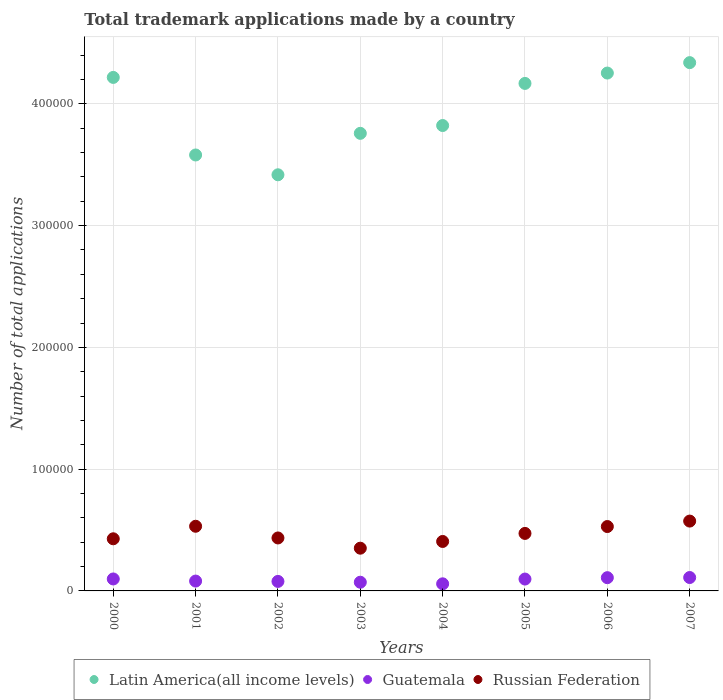
| Years | Latin America(all income levels) | Guatemala | Russian Federation |
 | --- | --- | --- | --- |
 | 2000 | 4.22e+05 | 9.82e+03 | 4.28e+04 |
 | 2001 | 3.58e+05 | 8.09e+03 | 5.31e+04 |
 | 2002 | 3.42e+05 | 7.81e+03 | 4.35e+04 |
 | 2003 | 3.76e+05 | 7.14e+03 | 3.51e+04 |
 | 2004 | 3.82e+05 | 5.83e+03 | 4.06e+04 |
 | 2005 | 4.17e+05 | 9.74e+03 | 4.72e+04 |
 | 2006 | 4.25e+05 | 1.09e+04 | 5.29e+04 |
 | 2007 | 4.34e+05 | 1.1e+04 | 5.73e+04 |